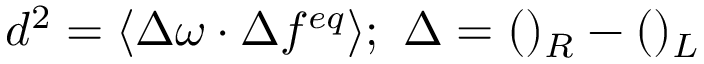
d ^ { 2 } = \langle \Delta \omega \cdot \Delta f ^ { e q } \rangle ; \ \Delta = ( ) _ { R } - ( ) _ { L }